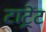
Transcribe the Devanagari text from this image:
टाट्रेंट